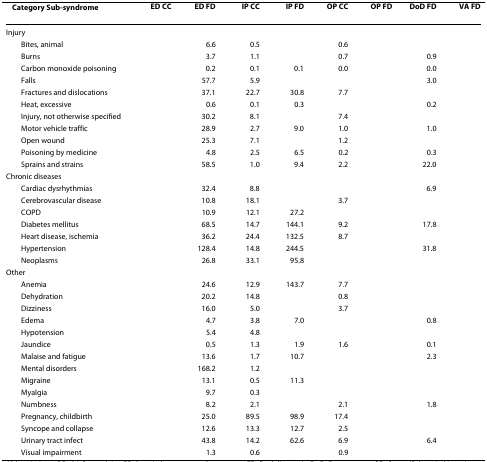
<table><thead><tr><td><b>CategorySub-syndrome</b></td><td><b>ED CC</b></td><td><b>ED FD</b></td><td><b>IP CC</b></td><td><b>IP FD</b></td><td><b>OP CC</b></td><td><b>OP FD</b></td><td><b>DoD FD</b></td><td><b>VA FD</b></td></tr></thead><tbody><tr><td>Injury</td><td>[EMPTY_CELL]</td><td>[EMPTY_CELL]</td><td>[EMPTY_CELL]</td><td>[EMPTY_CELL]</td><td>[EMPTY_CELL]</td><td>[EMPTY_CELL]</td><td>[EMPTY_CELL]</td><td>[EMPTY_CELL]</td></tr><tr><td> Bites, animal</td><td>[EMPTY_CELL]</td><td>6.6</td><td>0.5</td><td>[EMPTY_CELL]</td><td>0.6</td><td>[EMPTY_CELL]</td><td>[EMPTY_CELL]</td><td>[EMPTY_CELL]</td></tr><tr><td> Burns</td><td>[EMPTY_CELL]</td><td>3.7</td><td>1.1</td><td>[EMPTY_CELL]</td><td>0.7</td><td>[EMPTY_CELL]</td><td>0.9</td><td>[EMPTY_CELL]</td></tr><tr><td> Carbon monoxide poisoning</td><td>[EMPTY_CELL]</td><td>0.2</td><td>0.1</td><td>0.1</td><td>0.0</td><td>[EMPTY_CELL]</td><td>0.0</td><td>[EMPTY_CELL]</td></tr><tr><td> Falls</td><td>[EMPTY_CELL]</td><td>57.7</td><td>5.9</td><td>[EMPTY_CELL]</td><td>[EMPTY_CELL]</td><td>[EMPTY_CELL]</td><td>3.0</td><td>[EMPTY_CELL]</td></tr><tr><td> Fractures and dislocations</td><td>[EMPTY_CELL]</td><td>37.1</td><td>22.7</td><td>30.8</td><td>7.7</td><td>[EMPTY_CELL]</td><td>[EMPTY_CELL]</td><td>[EMPTY_CELL]</td></tr><tr><td> Heat, excessive</td><td>[EMPTY_CELL]</td><td>0.6</td><td>0.1</td><td>0.3</td><td>[EMPTY_CELL]</td><td>[EMPTY_CELL]</td><td>0.2</td><td>[EMPTY_CELL]</td></tr><tr><td> Injury, not otherwise specified</td><td>[EMPTY_CELL]</td><td>30.2</td><td>8.1</td><td>[EMPTY_CELL]</td><td>7.4</td><td>[EMPTY_CELL]</td><td>[EMPTY_CELL]</td><td>[EMPTY_CELL]</td></tr><tr><td> Motor vehicle traffic</td><td>[EMPTY_CELL]</td><td>28.9</td><td>2.7</td><td>9.0</td><td>1.0</td><td>[EMPTY_CELL]</td><td>1.0</td><td>[EMPTY_CELL]</td></tr><tr><td> Open wound</td><td>[EMPTY_CELL]</td><td>25.3</td><td>7.1</td><td>[EMPTY_CELL]</td><td>1.2</td><td>[EMPTY_CELL]</td><td>[EMPTY_CELL]</td><td>[EMPTY_CELL]</td></tr><tr><td> Poisoning by medicine</td><td>[EMPTY_CELL]</td><td>4.8</td><td>2.5</td><td>6.5</td><td>0.2</td><td>[EMPTY_CELL]</td><td>0.3</td><td>[EMPTY_CELL]</td></tr><tr><td> Sprains and strains</td><td>[EMPTY_CELL]</td><td>58.5</td><td>1.0</td><td>9.4</td><td>2.2</td><td>[EMPTY_CELL]</td><td>22.0</td><td>[EMPTY_CELL]</td></tr><tr><td>Chronic diseases</td><td>[EMPTY_CELL]</td><td>[EMPTY_CELL]</td><td>[EMPTY_CELL]</td><td>[EMPTY_CELL]</td><td>[EMPTY_CELL]</td><td>[EMPTY_CELL]</td><td>[EMPTY_CELL]</td><td>[EMPTY_CELL]</td></tr><tr><td> Cardiac dysrhythmias</td><td>[EMPTY_CELL]</td><td>32.4</td><td>8.8</td><td>[EMPTY_CELL]</td><td>[EMPTY_CELL]</td><td>[EMPTY_CELL]</td><td>6.9</td><td>[EMPTY_CELL]</td></tr><tr><td> Cerebrovascular disease</td><td>[EMPTY_CELL]</td><td>10.8</td><td>18.1</td><td>[EMPTY_CELL]</td><td>3.7</td><td>[EMPTY_CELL]</td><td>[EMPTY_CELL]</td><td>[EMPTY_CELL]</td></tr><tr><td> COPD</td><td>[EMPTY_CELL]</td><td>10.9</td><td>12.1</td><td>27.2</td><td>[EMPTY_CELL]</td><td>[EMPTY_CELL]</td><td>[EMPTY_CELL]</td><td>[EMPTY_CELL]</td></tr><tr><td> Diabetes mellitus</td><td>[EMPTY_CELL]</td><td>68.5</td><td>14.7</td><td>144.1</td><td>9.2</td><td>[EMPTY_CELL]</td><td>17.8</td><td>[EMPTY_CELL]</td></tr><tr><td> Heart disease, ischemia</td><td>[EMPTY_CELL]</td><td>36.2</td><td>24.4</td><td>132.5</td><td>8.7</td><td>[EMPTY_CELL]</td><td>[EMPTY_CELL]</td><td>[EMPTY_CELL]</td></tr><tr><td> Hypertension</td><td>[EMPTY_CELL]</td><td>128.4</td><td>14.8</td><td>244.5</td><td>[EMPTY_CELL]</td><td>[EMPTY_CELL]</td><td>31.8</td><td>[EMPTY_CELL]</td></tr><tr><td> Neoplasms</td><td>[EMPTY_CELL]</td><td>26.8</td><td>33.1</td><td>95.8</td><td>[EMPTY_CELL]</td><td>[EMPTY_CELL]</td><td>[EMPTY_CELL]</td><td>[EMPTY_CELL]</td></tr><tr><td>Other</td><td>[EMPTY_CELL]</td><td>[EMPTY_CELL]</td><td>[EMPTY_CELL]</td><td>[EMPTY_CELL]</td><td>[EMPTY_CELL]</td><td>[EMPTY_CELL]</td><td>[EMPTY_CELL]</td><td>[EMPTY_CELL]</td></tr><tr><td> Anemia</td><td>[EMPTY_CELL]</td><td>24.6</td><td>12.9</td><td>143.7</td><td>7.7</td><td>[EMPTY_CELL]</td><td>[EMPTY_CELL]</td><td>[EMPTY_CELL]</td></tr><tr><td> Dehydration</td><td>[EMPTY_CELL]</td><td>20.2</td><td>14.8</td><td>[EMPTY_CELL]</td><td>0.8</td><td>[EMPTY_CELL]</td><td>[EMPTY_CELL]</td><td>[EMPTY_CELL]</td></tr><tr><td> Dizziness</td><td>[EMPTY_CELL]</td><td>16.0</td><td>5.0</td><td>[EMPTY_CELL]</td><td>3.7</td><td>[EMPTY_CELL]</td><td>[EMPTY_CELL]</td><td>[EMPTY_CELL]</td></tr><tr><td> Edema</td><td>[EMPTY_CELL]</td><td>4.7</td><td>3.8</td><td>7.0</td><td>[EMPTY_CELL]</td><td>[EMPTY_CELL]</td><td>0.8</td><td>[EMPTY_CELL]</td></tr><tr><td> Hypotension</td><td>[EMPTY_CELL]</td><td>5.4</td><td>4.8</td><td>[EMPTY_CELL]</td><td>[EMPTY_CELL]</td><td>[EMPTY_CELL]</td><td>[EMPTY_CELL]</td><td>[EMPTY_CELL]</td></tr><tr><td> Jaundice</td><td>[EMPTY_CELL]</td><td>0.5</td><td>1.3</td><td>1.9</td><td>1.6</td><td>[EMPTY_CELL]</td><td>0.1</td><td>[EMPTY_CELL]</td></tr><tr><td> Malaise and fatigue</td><td>[EMPTY_CELL]</td><td>13.6</td><td>1.7</td><td>10.7</td><td>[EMPTY_CELL]</td><td>[EMPTY_CELL]</td><td>2.3</td><td>[EMPTY_CELL]</td></tr><tr><td> Mental disorders</td><td>[EMPTY_CELL]</td><td>168.2</td><td>1.2</td><td>[EMPTY_CELL]</td><td>[EMPTY_CELL]</td><td>[EMPTY_CELL]</td><td>[EMPTY_CELL]</td><td>[EMPTY_CELL]</td></tr><tr><td> Migraine</td><td>[EMPTY_CELL]</td><td>13.1</td><td>0.5</td><td>11.3</td><td>[EMPTY_CELL]</td><td>[EMPTY_CELL]</td><td>[EMPTY_CELL]</td><td>[EMPTY_CELL]</td></tr><tr><td> Myalgia</td><td>[EMPTY_CELL]</td><td>9.7</td><td>0.3</td><td>[EMPTY_CELL]</td><td>[EMPTY_CELL]</td><td>[EMPTY_CELL]</td><td>[EMPTY_CELL]</td><td>[EMPTY_CELL]</td></tr><tr><td> Numbness</td><td>[EMPTY_CELL]</td><td>8.2</td><td>2.1</td><td>[EMPTY_CELL]</td><td>2.1</td><td>[EMPTY_CELL]</td><td>1.8</td><td>[EMPTY_CELL]</td></tr><tr><td> Pregnancy, childbirth</td><td>[EMPTY_CELL]</td><td>25.0</td><td>89.5</td><td>98.9</td><td>17.4</td><td>[EMPTY_CELL]</td><td>[EMPTY_CELL]</td><td>[EMPTY_CELL]</td></tr><tr><td> Syncope and collapse</td><td>[EMPTY_CELL]</td><td>12.6</td><td>13.3</td><td>12.7</td><td>2.5</td><td>[EMPTY_CELL]</td><td>[EMPTY_CELL]</td><td>[EMPTY_CELL]</td></tr><tr><td> Urinary tract infect</td><td>[EMPTY_CELL]</td><td>43.8</td><td>14.2</td><td>62.6</td><td>6.9</td><td>[EMPTY_CELL]</td><td>6.4</td><td>[EMPTY_CELL]</td></tr><tr><td> Visual impairment</td><td>[EMPTY_CELL]</td><td>1.3</td><td>0.6</td><td>[EMPTY_CELL]</td><td>0.9</td><td>[EMPTY_CELL]</td><td>[EMPTY_CELL]</td><td>[EMPTY_CELL]</td></tr></tbody></table>